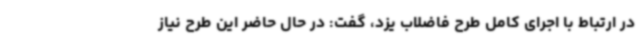
در ارتباط با اجرای کامل طرح فاضلاب یزد، گفت: در حال حاضر این طرح نیاز